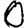
Digit: 0